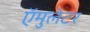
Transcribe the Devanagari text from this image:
ऍमुलेटर